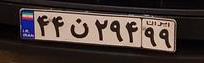
۴۴ن۲۹۴۹۹